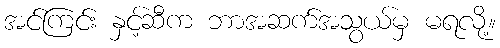
အင်ကြင်း နှင့်ဆီက ဘာအဆက်အသွယ်မှ မရလို့။